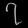
Digit: ၇